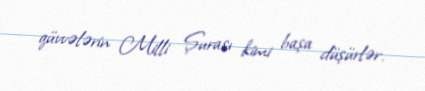
qüvvələrin Milli Şurası kimi başa düşürlər.